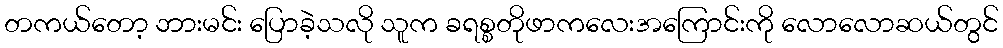
တကယ်တော့ ဘားမင်း ပြောခဲ့သလို သူက ခရစ္စတိုဖာကလေးအကြောင်းကို လောလောဆယ်တွင်